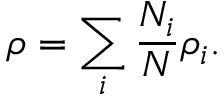
\rho = \sum _ { i } \frac { N _ { i } } { N } \rho _ { i } .